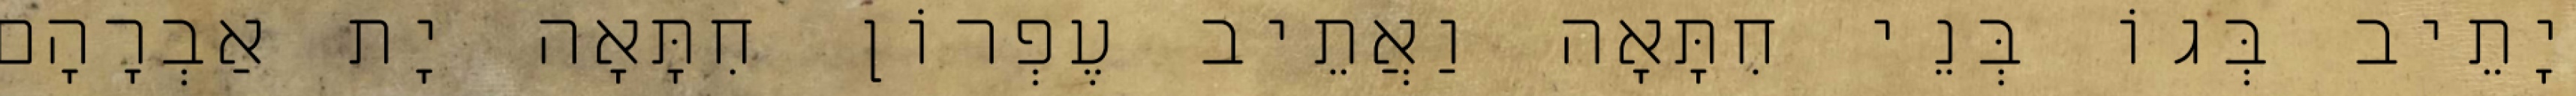
יָתֵיב בְּגוֹ בְּנֵי חִתָּאָה וַאֲתֵיב עֶפְרוֹן חִתָּאָה יָת אַבְרָהָם